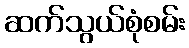
ဆက်သွယ်စုံစမ်း